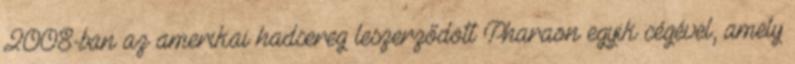
2008-ban az amerikai hadsereg leszerződött Pharaon egyik cégével, amely